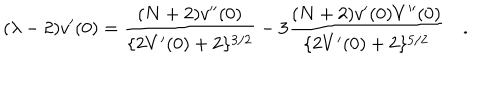
( \lambda - 2 ) v ^ { \prime } ( 0 ) = \frac { ( N + 2 ) v ^ { \prime \prime } ( 0 ) } { \{ 2 V ^ { \prime } ( 0 ) + 2 \} ^ { 3 / 2 } } - 3 \frac { ( N + 2 ) v ^ { \prime } ( 0 ) V ^ { \prime \prime } ( 0 ) } { \{ 2 V ^ { \prime } ( 0 ) + 2 \} ^ { 5 / 2 } } \quad .